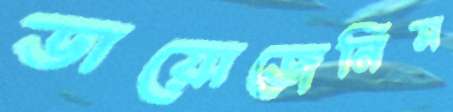
ডায়োজেনিস